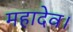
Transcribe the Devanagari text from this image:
महादेव।